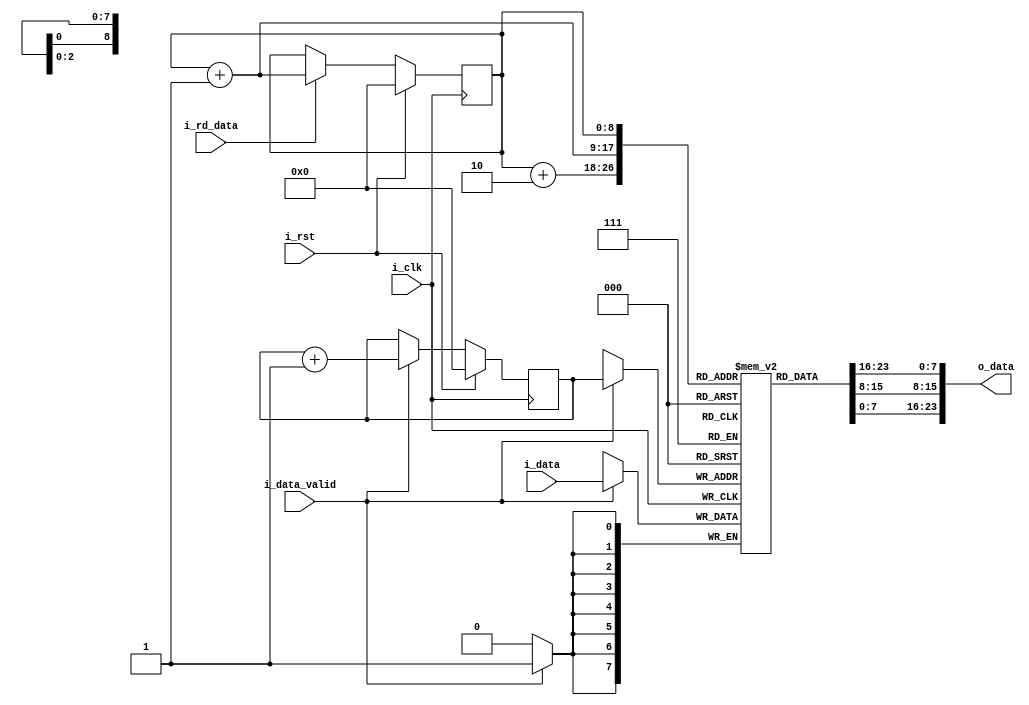
`timescale 1ns / 1ps
//////////////////////////////////////////////////////////////////////////////////
// Company: 
// Engineer: 
// 
// Design Name: 
// Module Name: LineBuffer
// Project Name: 
// Target Devices: 
// Tool Versions: 
// Description: 
// 
// Dependencies: 
// 
// Revision:
// Revision 0.01 - File Created
// Additional Comments:
// 
//////////////////////////////////////////////////////////////////////////////////


module lineBuffer(
input   i_clk,
input   i_rst,
input [7:0] i_data,
input   i_data_valid,
output [23:0] o_data,
input i_rd_data
);

reg [7:0] line [511:0]; //line buffer
reg [8:0] wrPntr;
reg [8:0] rdPntr;

always @(posedge i_clk)
begin
    if(i_data_valid)
        line[wrPntr] <= i_data;
end

always @(posedge i_clk)
begin
    if(i_rst)
        wrPntr <= 'd0;
    else if(i_data_valid)
        wrPntr <= wrPntr + 'd1;
end

assign o_data = {line[rdPntr],line[rdPntr+1],line[rdPntr+2]};

always @(posedge i_clk)
begin
    if(i_rst)
        rdPntr <= 'd0;
    else if(i_rd_data)
        rdPntr <= rdPntr + 'd1;
end


endmodule